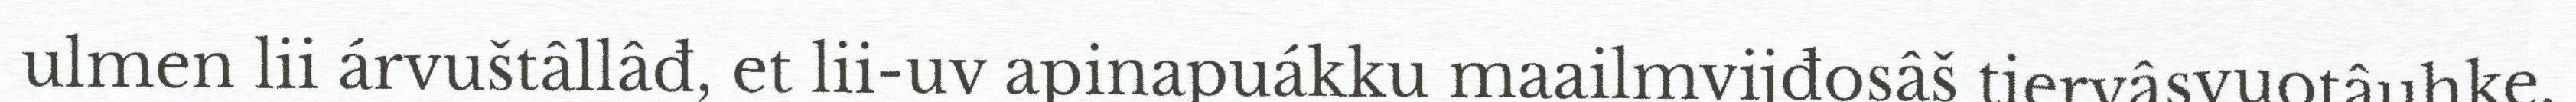
ulmen lii árvuštâllâđ, et lii-uv apinapuákku maailmvijđosâš tiervâsvuotâuhke.